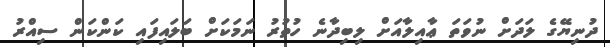
ދުނިޔޭގެ ލަދަށް ނުވަތަ ޢާއިލާއަށް ލިބިދާނެ ހުތުރު ނަމަކަށް ބަލައިފައި ކަންކަން ސިއްރު